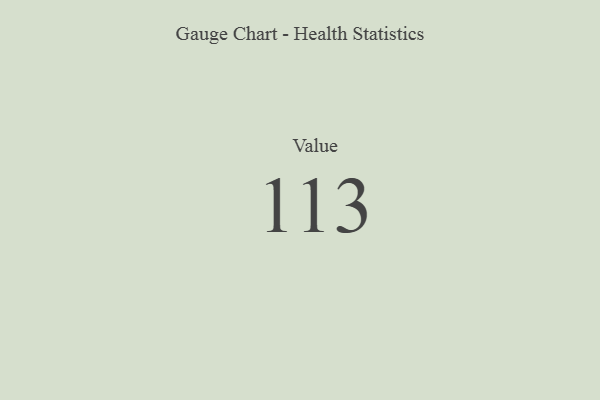
{"axis": {"x": "Metric", "y": "Value"}, "legend": [""], "data": [{"x": "Value", "y": 113, "type": ""}]}